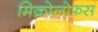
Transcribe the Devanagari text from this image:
मिक्रोलोफस